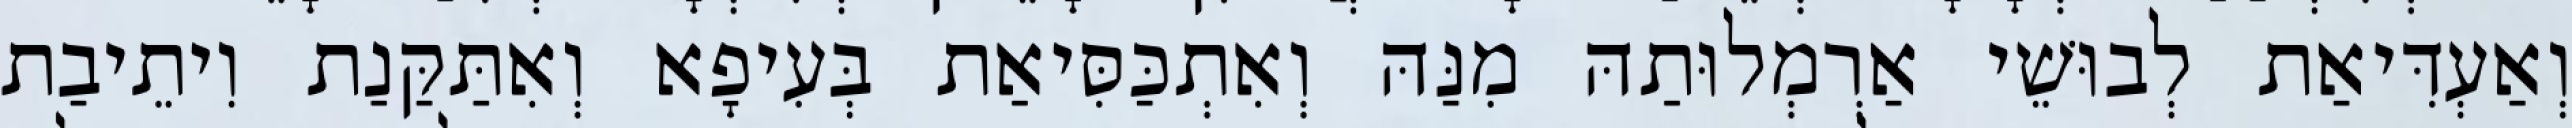
וְאַעְדִּיאַת לְבוּשֵׁי אַרְמְלוּתַהּ מִנַּהּ וְאִתְכַּסִּיאַת בְּעִיפָא וְאִתַּקַּנַת וִיתֵיבַת